Naisuhingud, lk 92
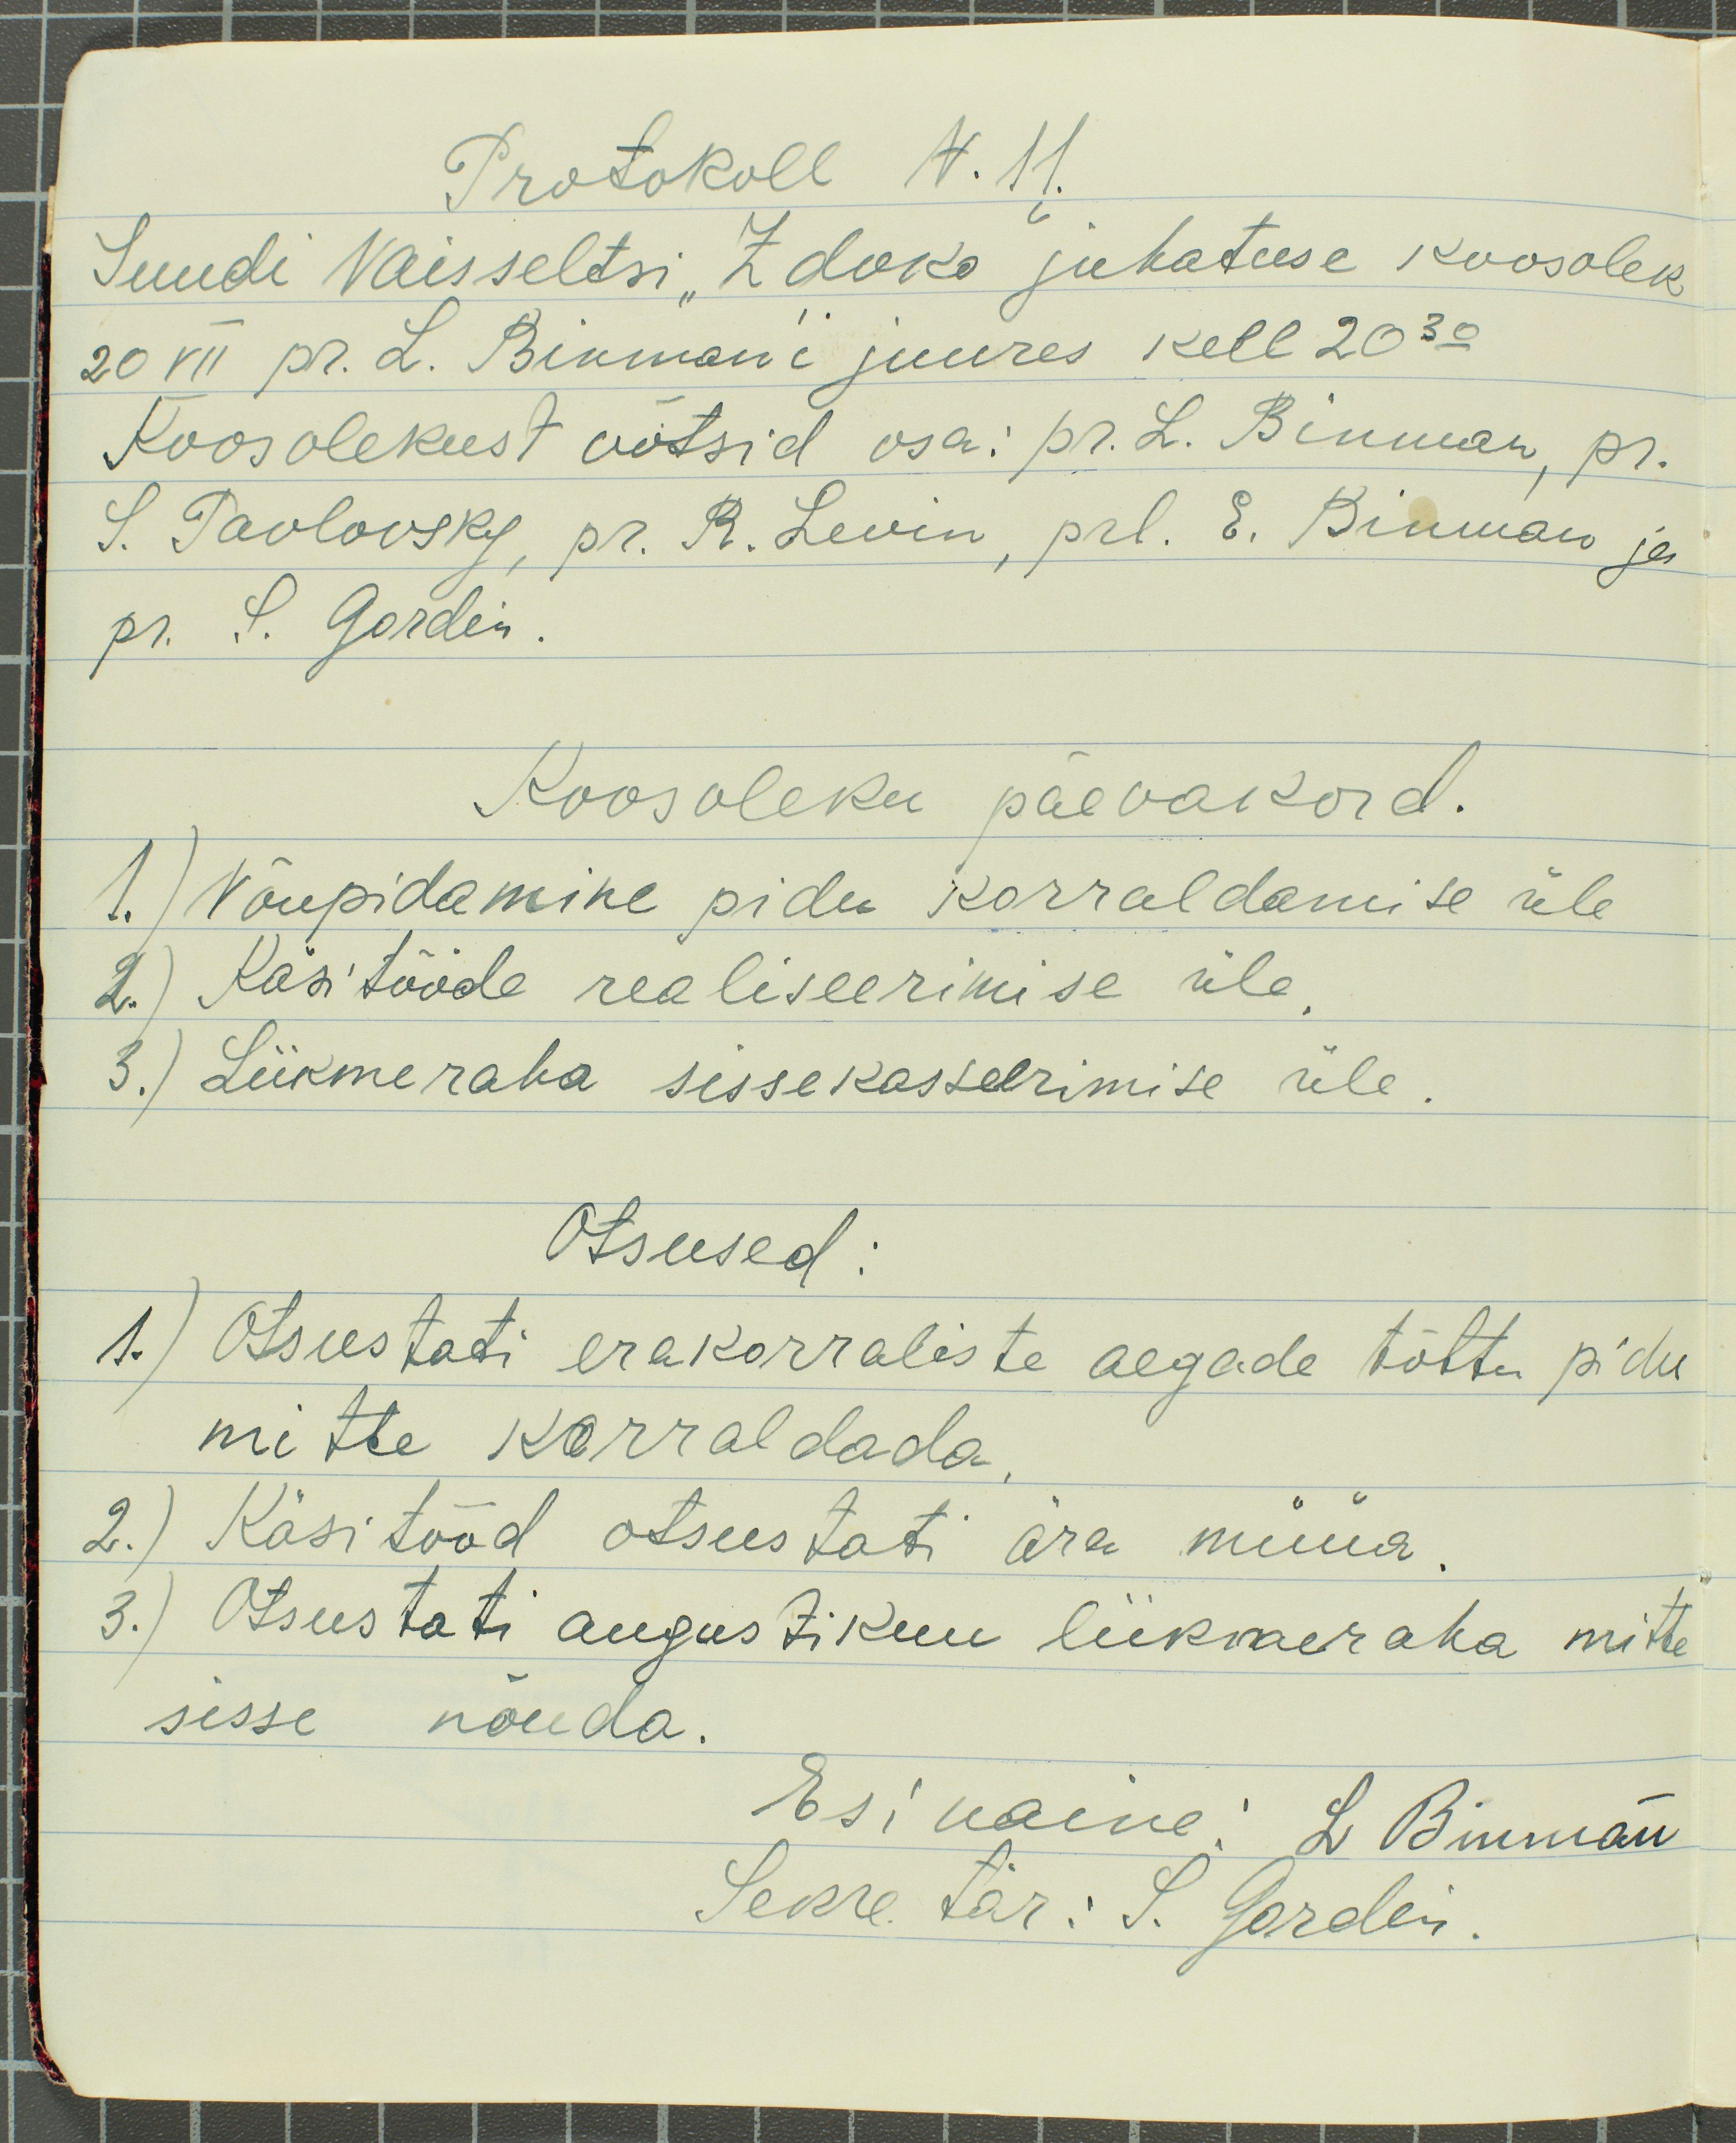
Protokoll N. 11.
Juudi Naisseltsi "Zdoko" juhatuse koosolek
20 VII pr. L. Binman`i juures kell 20.30
Koosolekust võtsid osa: pr. L. Binman, pr.
S. Pavlovsky, pr. R. Levin, prl. E. Binman ja
pr. S. Gordin.
Koosoleku päevakord.
1.) Nõupidamine pidu korraldamise üle
2.) Käsitööde realiseerimise üle
3.) Liikmeraha sissekasseerimise üle.
Otsused:
1.) Otsustati erakorraliste aegade tõttu pidu
mitte korraldada.
2.) Käsitööd otsustati ära müüa
3.) Otsustati augustikuu liikmeraha mitte
sisse nõuda.
Esinaine: L. Binman
Sekretär: S. Gordin.